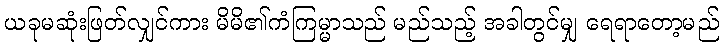
ယခုမဆုံးဖြတ်လျှင်ကား မိမိ၏ကံကြမ္မာသည် မည်သည့် အခါတွင်မျှ ရေရာတော့မည်